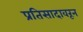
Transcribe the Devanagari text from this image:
प्रतिसादावरून